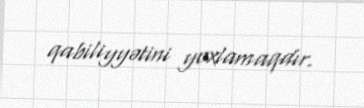
qabiliyyətini yoxlamaqdır.